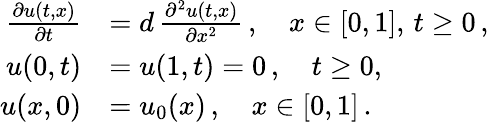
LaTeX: \begin{array}{rl}{\frac{\partial u(t,x)}{\partial t}}&{=d\, \frac{\partial^{2}u(t,x)}{\partial x^{2}}\, ,\quad x\in[0,1],\, t\geq 0\, ,}\\ {u(0,t)}&{=u(1,t)=0\, ,\quad t\geq 0,}\\ {u(x,0)}&{=u_{0}(x)\, ,\quad x\in[0,1]\, .}\end{array}